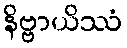
နိဗ္ဗာယိဿံ